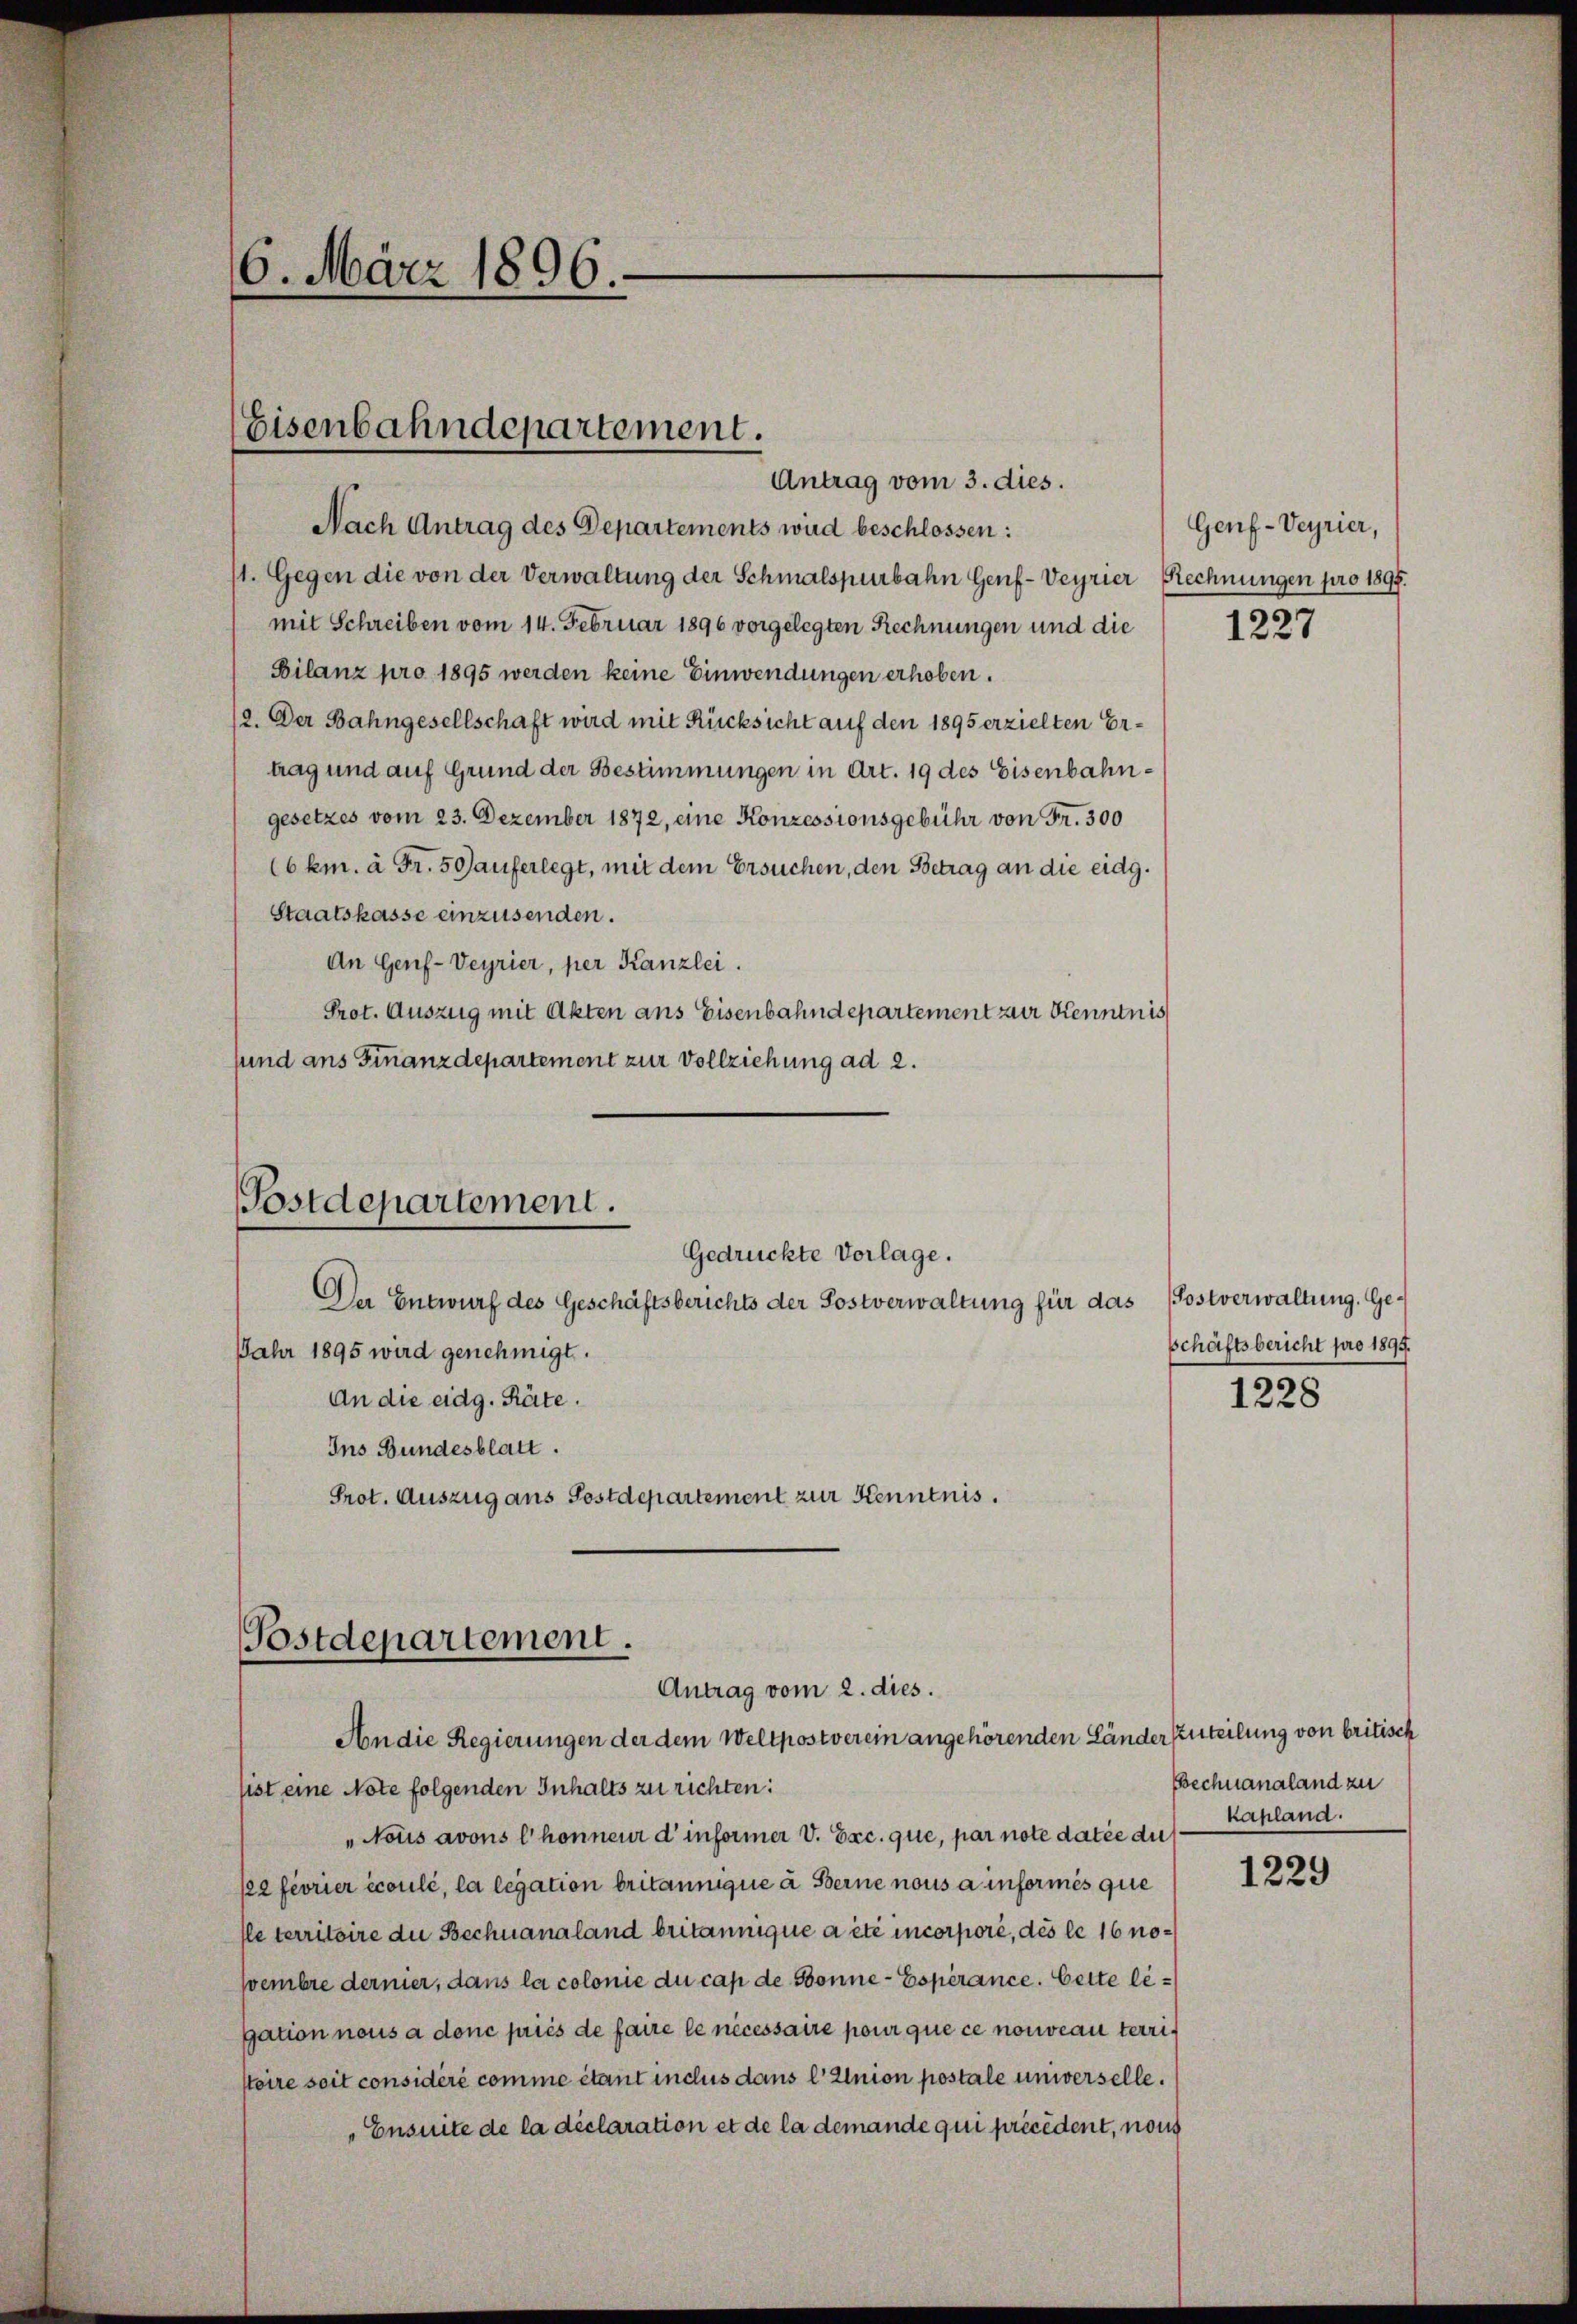
Nach Antrag des Departements wird beschlossen:
11. Gegen die von der Verwaltung der Schmalspurbahn Genf-Veyrier Rechnungen pro 1895.
mit Schreiben vom 14. Februar 1896 vorgelegten Rechnungen und die
Bilanz pro 1895 werden keine Einwendungen erhoben.
12. Der Bahngesellschaft wird mit Rücksicht auf den 1895 erzielten Ertrag und auf Grund der Bestimmungen in Art. 19 des Eisenbahngesetzes vom 23. Dezember 1872, eine Konzessionsgebühr von Fr. 300
(6 km. à Fr. 5 Gauferlegt, mit dem Ersuchen, den Betrag an die eidg.
Staatskasse einzusenden.
An Genf-Veyrier, per Kanzlei.
Prot. Auszug mit Akten ans Eisenbahndepartement zur Kenntnis
sund ans Finanzdepartement zur Vollziehung ad 2.

—
6. März 1896.

Eisenbahndepartement.
Antrag vom 3. dies.

An die eidg. Räte.
Ins Bundesblatt.
Prot. Auszug aus Festdepartement zur Kenntnis.

Postdepartement.
Gedrückte Vorlage.
Der Entwurf des Geschäftsberichts der Postverwaltung für das
Jahr 1895 wird genehmigt.

Postdepartement.
Antrag vom 2. dies.

An die Regierungen der dem Weltpostverein angehörenden Länder zuteilung von britisch
sist eine Note folgenden Inhalts zu richten:
"Nous avons l’honneur d’informer V. Exc. que, par note datée du
pee féorier écoulé, la legation britannique à Berne nous a informés que
le territoire du Bechnanaland britannique a été incorpore, des le 16 nowembre dernier, dans la colonie du cas de Bonne-Espérance. Cette legation nous a donc pries de faire le necessaire pour que ce nouveau terristoire seit considéré comme étant inclus dans l’union postale unverselle.
„Ensuite de la déclaration et de la demande qui précédent, nous

Genf-Veyrier,

1227

Postverwaltung. Geschäftsbericht pro 1895.
1228

Bechnanaland zu
kapland.

1229